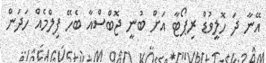
އޭނާ ދަ ހޮލީވުޑް ރިޕޯޓާ އަށް ބުނީ ޖޮބްސްއާ ބެހޭ ފިލްމެއް ހަދަން